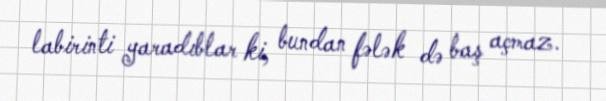
labirinti yaradıblar ki, bundan fələk də baş açmaz.